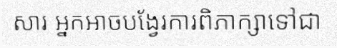
សារ អ្នកអាចបង្វែរការពិភាក្សាទៅជា